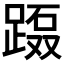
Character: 𲃲